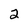
Character: 2